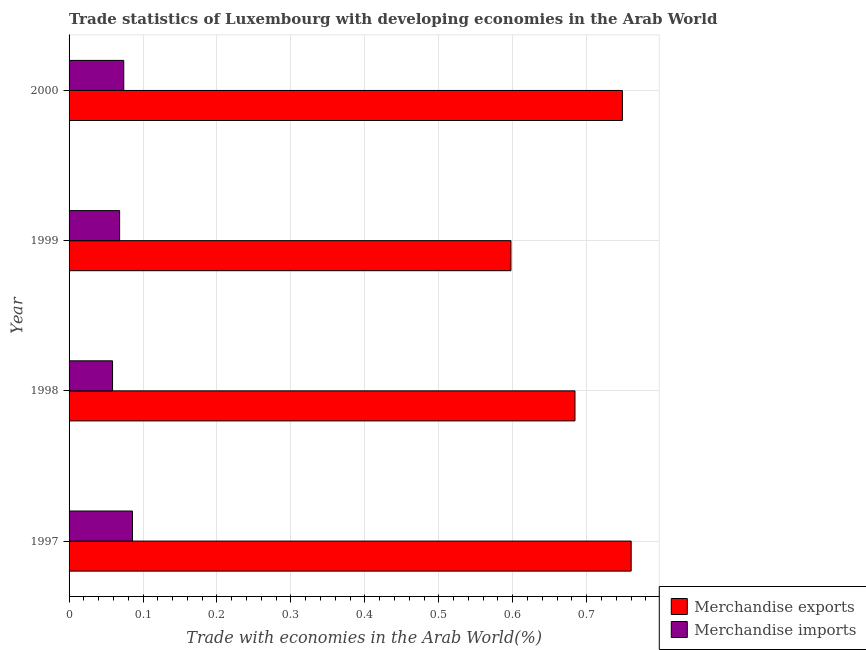
| Year | Merchandise exports | Merchandise imports |
 | --- | --- | --- |
 | 1997 | 0.76 | 0.0857 |
 | 1998 | 0.684 | 0.0588 |
 | 1999 | 0.598 | 0.0684 |
 | 2000 | 0.748 | 0.0739 |